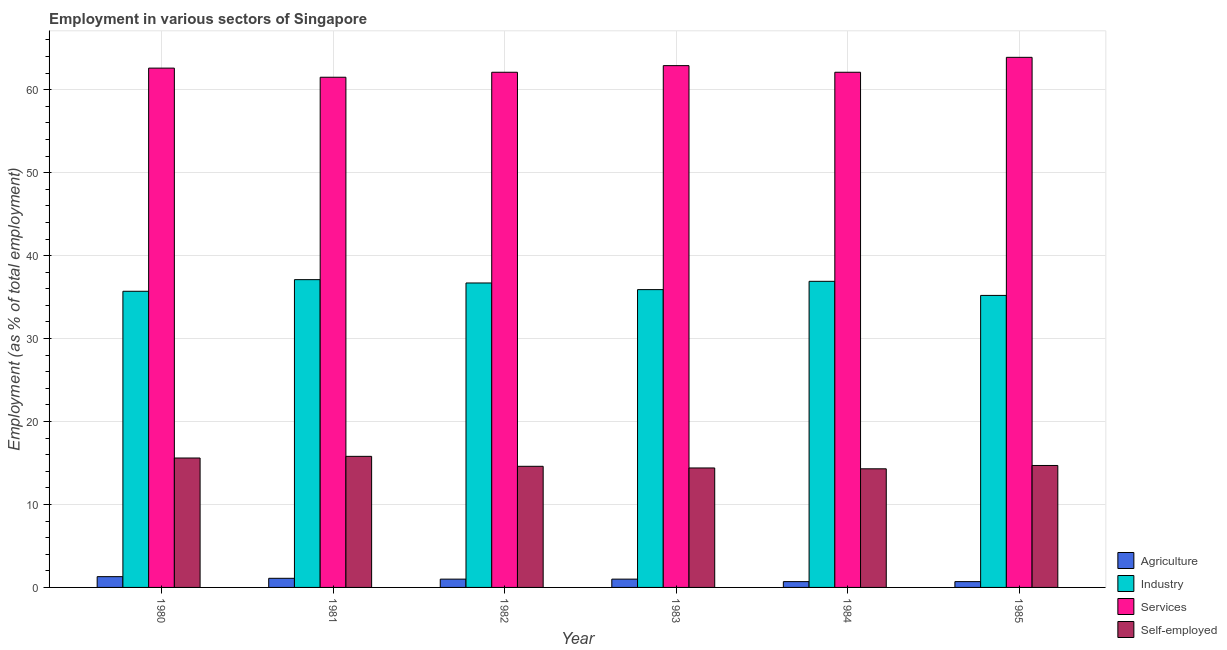
| Year | Agriculture | Industry | Services | Self-employed |
 | --- | --- | --- | --- | --- |
 | 1980 | 1.3 | 35.7 | 62.6 | 15.6 |
 | 1981 | 1.1 | 37.1 | 61.5 | 15.8 |
 | 1982 | 1 | 36.7 | 62.1 | 14.6 |
 | 1983 | 1 | 35.9 | 62.9 | 14.4 |
 | 1984 | 0.7 | 36.9 | 62.1 | 14.3 |
 | 1985 | 0.7 | 35.2 | 63.9 | 14.7 |